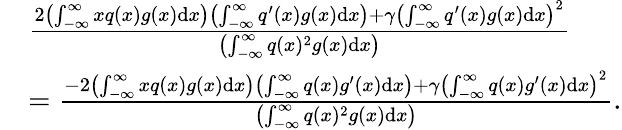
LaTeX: \begin{array}{rl}&{\frac{2\left(\int_{-\infty}^{\infty}xq(x)g(x)\mathrm{d}x\right)\left(\int_{-\infty}^{\infty}q^{\prime}(x)g(x)\mathrm{d}x\right)+\gamma\left(\int_{-\infty}^{\infty}q^{\prime}(x)g(x)\mathrm{d}x\right)^{2}}{\left(\int_{-\infty}^{\infty}q(x)^{2}g(x)\mathrm{d}x\right)}}\\ &{=\frac{-2\left(\int_{-\infty}^{\infty}xq(x)g(x)\mathrm{d}x\right)\left(\int_{-\infty}^{\infty}q(x)g^{\prime}(x)\mathrm{d}x\right)+\gamma\left(\int_{-\infty}^{\infty}q(x)g^{\prime}(x)\mathrm{d}x\right)^{2}}{\left(\int_{-\infty}^{\infty}q(x)^{2}g(x)\mathrm{d}x\right)}.}\end{array}